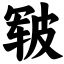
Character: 皲